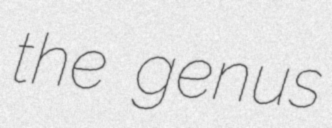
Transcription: the genus